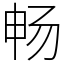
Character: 畅